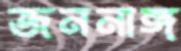
জননাঙ্গ